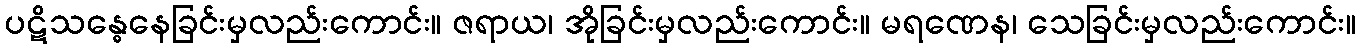
ပဋိသန္ဓေနေခြင်းမှလည်းကောင်း။ ဇရာယ၊ အိုခြင်းမှလည်းကောင်း။ မရဏေန၊ သေခြင်းမှလည်းကောင်း။